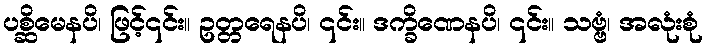
ပစ္ဆိမေနပိ၊ ဖြင့်၎င်း။ ဥတ္တရေနပိ၊ ၎င်း။ ဒက္ခိဏေနပိ၊ ၎င်း။ သဗ္ဗံ၊ အလုံးစုံ